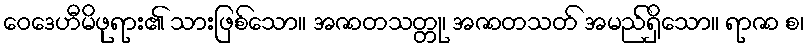
ဝေဒေဟီမိဖုရား၏ သားဖြစ်သော။ အဇာတသတ္တု၊ အဇာတသတ် အမည်ရှိသော။ ရာဇာ စ၊